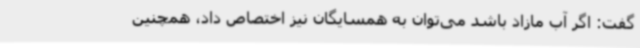
گفت: اگر آب مازاد باشد می‌توان به همسایگان نیز اختصاص داد، همچنین